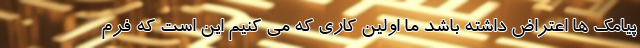
پیامک ها اعتراض داشته باشد ما اولین کاری که می کنیم این است که فرم